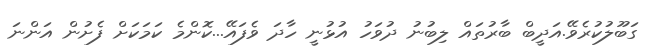
ގަބޫލުކުރެވޭ.އަދީބް ބާރުތައް ލިބުނު ދުވަހު އުޅުނީ ހާދަ ވެފައޭ...ކޮންމެ ކަމަކަށް ފެށުން އަންނަ